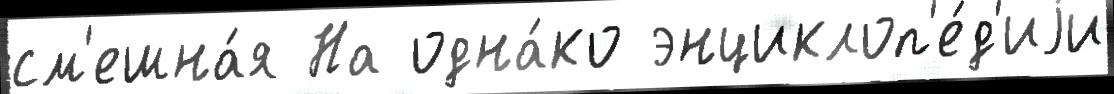
см'ешна́я На одна́ко энциклоп'е́д'иjи